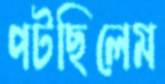
পটছিলেম